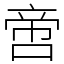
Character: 啻